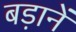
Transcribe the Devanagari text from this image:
बड़ानें